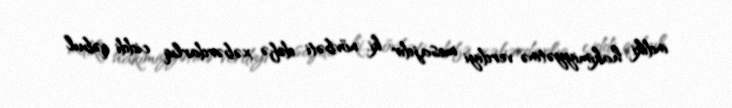
indiki hakimiyyətinə verdiyi mesajdır ki, növbəti dəfə xəbərdarlıq ciddi qəbul